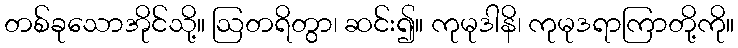
တစ်ခုသောအိုင်သို့။ ဩတရိတွာ၊ ဆင်း၍။ ကုမုဒါနိ၊ ကုမုဒရာကြာတို့ကို။